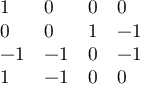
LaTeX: \begin{array} { l l l l } { { 1 } } & { { 0 } } & { { 0 } } & { { 0 } } \\ { { 0 } } & { { 0 } } & { { 1 } } & { { - 1 } } \\ { { - 1 } } & { { - 1 } } & { { 0 } } & { { - 1 } } \\ { { 1 } } & { { - 1 } } & { { 0 } } & { { 0 } } \end{array}